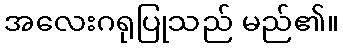
အလေးဂရုပြုသည် မည်၏။